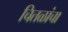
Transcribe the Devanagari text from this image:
चितळांचा